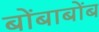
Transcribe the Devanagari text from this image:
बोंबाबोंब